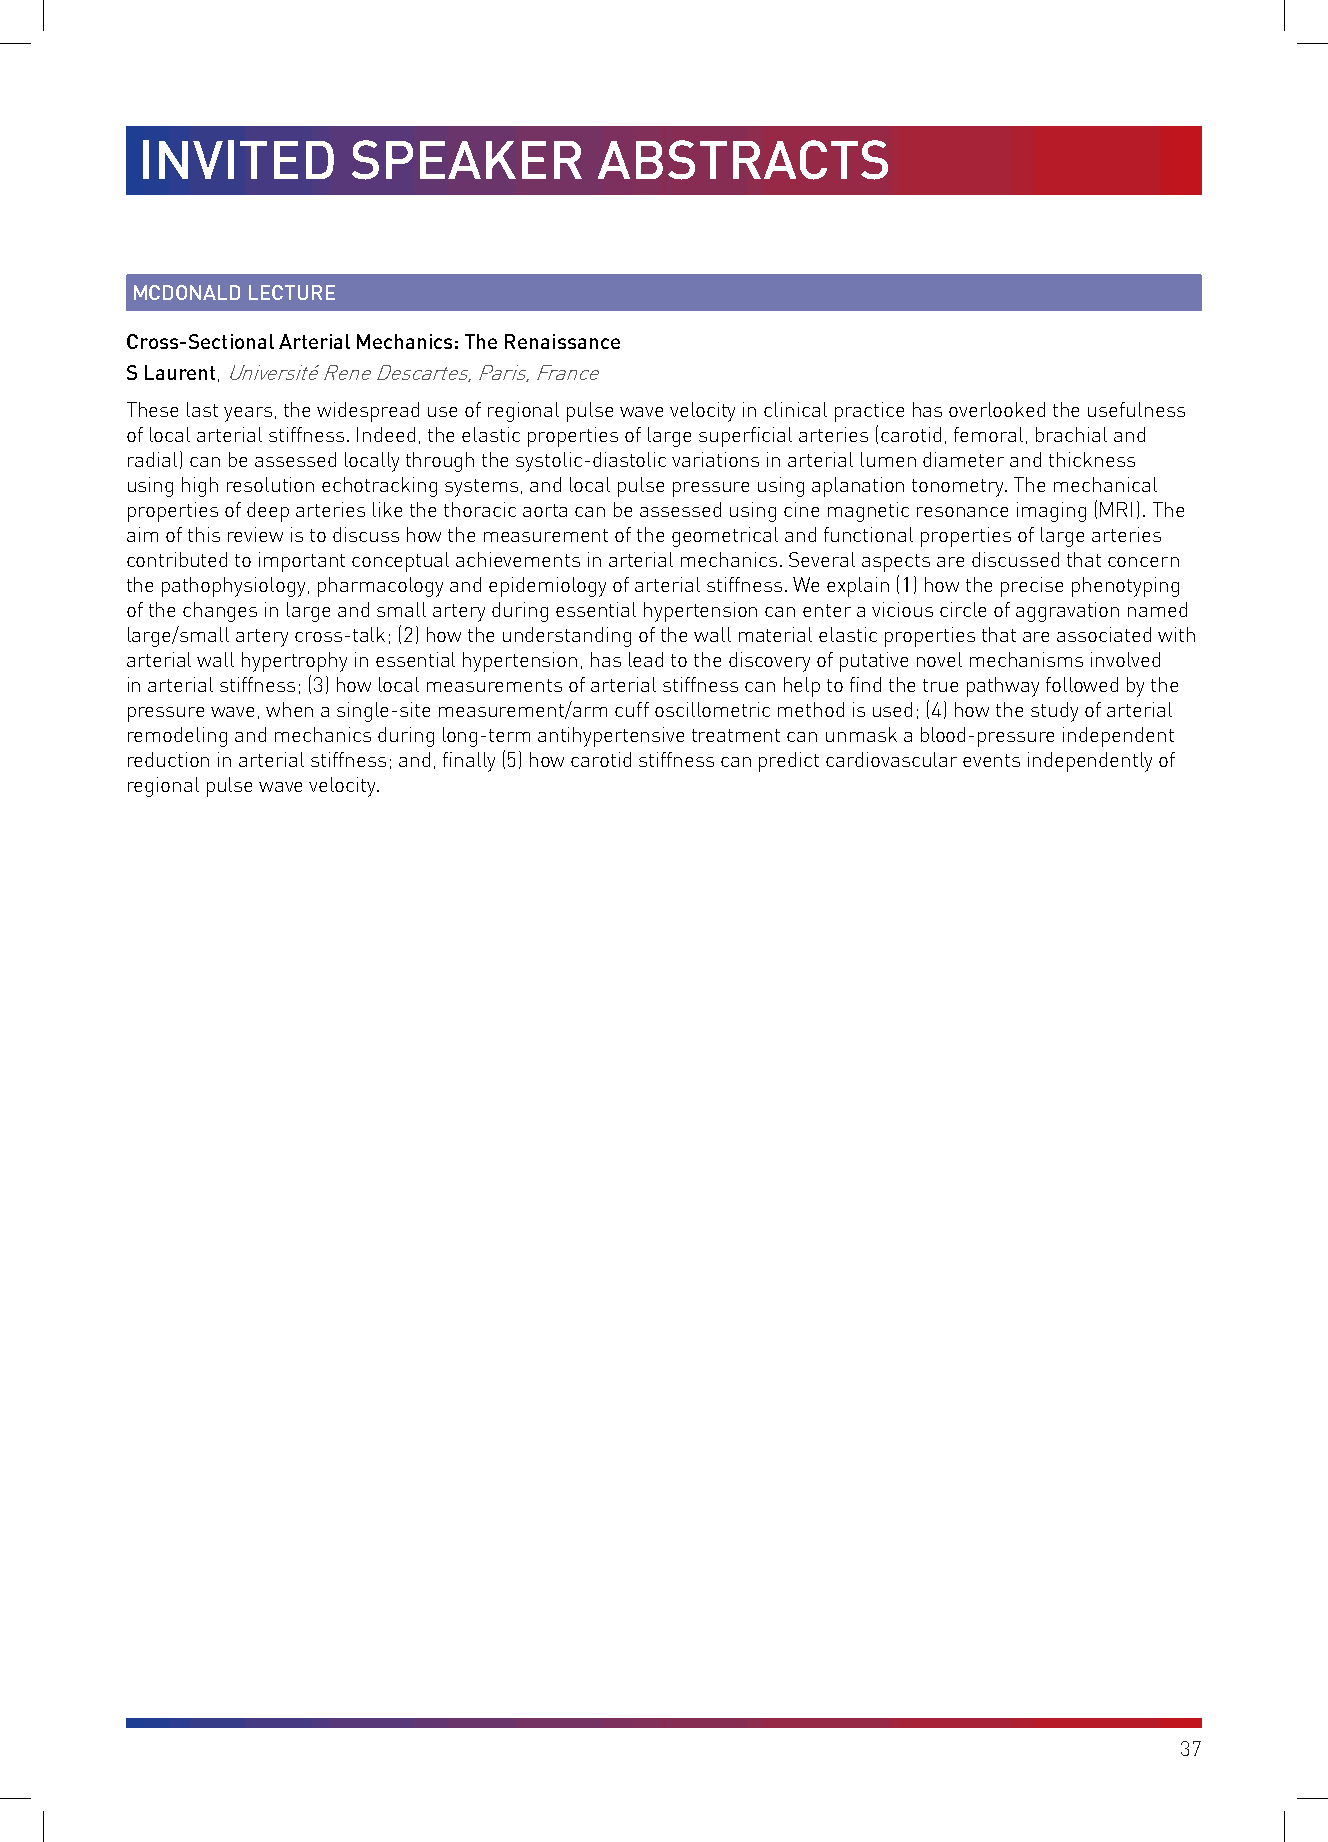
INVITED       SPEAKER          ABSTRACTS
 MCDONALD LECTURE
 Cross-Sectional Arterial Mechanics: The Renaissance
 S Laurent, Université Rene Descartes, Paris, France
 These last years, the widespread use of regional pulse wave velocity in clinical practice has overlooked the usefulness
 of local arterial stiffness. Indeed, the elastic properties of large superficial arteries (carotid, femoral, brachial and
 radial) can be assessed locally through the systolic-diastolic variations in arterial lumen diameter and thickness
 using high resolution echotracking systems, and local pulse pressure using aplanation tonometry. The mechanical
 properties of deep arteries like the thoracic aorta can be assessed using cine magnetic resonance imaging (MRI). The
 aim of this review is to discuss how the measurement of the geometrical and functional properties of large arteries
 contributed to important conceptual achievements in arterial mechanics. Several aspects are discussed that concern
 the pathophysiology, pharmacology and epidemiology of arterial stiffness. We explain (1) how the precise phenotyping
 of the changes in large and small artery during essential hypertension can enter a vicious circle of aggravation named
 large/small artery cross-talk; (2) how the understanding of the wall material elastic properties that are associated with
 arterial wall hypertrophy in essential hypertension, has lead to the discovery of putative novel mechanisms involved
 in arterial stiffness; (3) how local measurements of arterial stiffness can help to find the true pathway followed by the
 pressure wave, when a single-site measurement/arm cuff oscillometric method is used; (4) how the study of arterial
 remodeling and mechanics during long-term antihypertensive treatment can unmask a blood-pressure independent
 reduction in arterial stiffness; and, finally (5) how carotid stiffness can predict cardiovascular events independently of
 regional pulse wave velocity.
 37